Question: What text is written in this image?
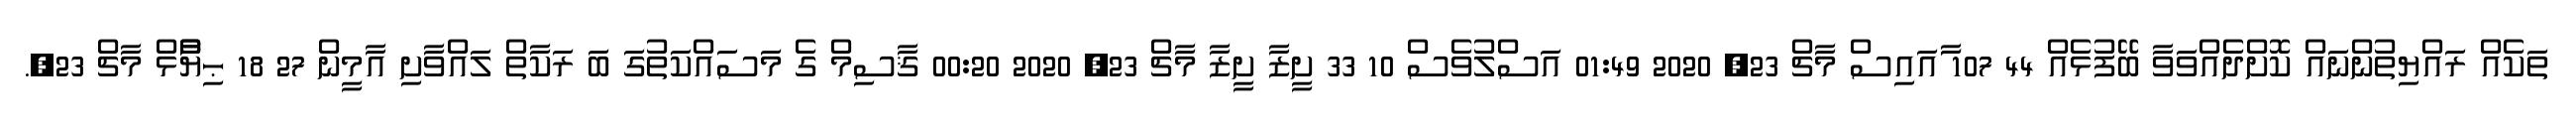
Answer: ތަކެއް ރައްޔިތުންނައް ކޮށްދެއްވަވާ ބޭފުޅެއް 44 107 ާައައިސް މާޗް 23, 2020 01:49 އަސްލުވެސް 10 33 ށީޒާ ށީޒާ މާޗް 23, 2020 00:20 ޤާސިމް ގެ މަސައްކަތުގަ ބަ ރަކާތް ލައްވާށި އާމީން 27 18 ޙިޔާާްްޅް މާޗް 23,.